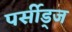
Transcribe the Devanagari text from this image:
पर्सीड्‌ज